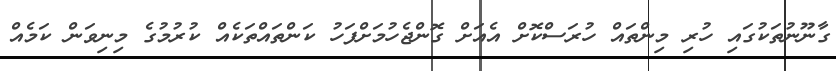
ގާނޫނުތަކުގައި ހުރި މިންތައް ހުރަސްކޮށް އެއަށް ގޮންޖެހުމަށްފަހު ކަންތައްތަކެއް ކުރުމުގެ މިނިވަން ކަމެއް